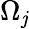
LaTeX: \Omega_{\mathit{j}}